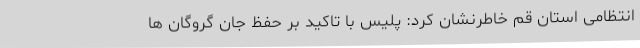
انتظامی استان قم خاطرنشان کرد: پلیس با تاکید بر حفظ جان گروگان ها